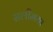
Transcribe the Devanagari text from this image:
सलीमया